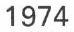
1974